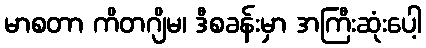
မာစတာ ကိတဂျိမ၊ ဒီစခန်းမှာ အကြီးဆုံးပေါ့